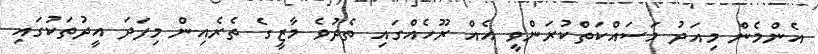
އެންމެން މިއަދު މަސައްކަތްކުރަންވީ އެއް ރޫހެއްގައި ތެދުވެ މާޒީގެ ތެރެއިން މިފަދަ އީދުތަކުގައި